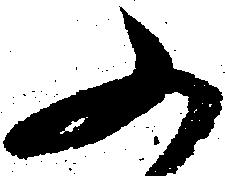
又